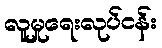
လူမှုရေးလုပ်ငန်း